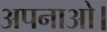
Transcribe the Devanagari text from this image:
अपनाओ।